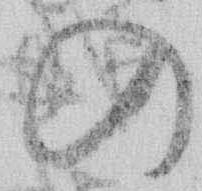
の